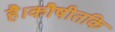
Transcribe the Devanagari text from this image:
है।कौषीतकि